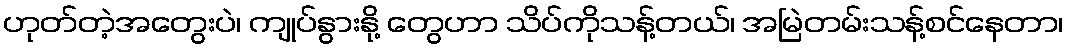
ဟုတ်တဲ့အတွေးပဲ၊ ကျုပ်နွားနို့ တွေဟာ သိပ်ကိုသန့်တယ်၊ အမြဲတမ်းသန့်စင်နေတာ၊